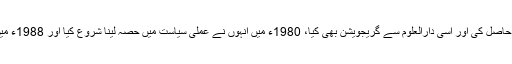
انہوں نے اپنی ابتدائی تعلیم دارالعلوم حقانیہ سے حاصل کی اور اسی دارالعلوم سے گریجویشن بھی کیا، 1980ء میں انہوں نے عملی سیاست میں حصہ لینا شروع کیا اور 1988ء میں اپنی سیاسی جماعت جے یو آئی (س) قائم کی۔